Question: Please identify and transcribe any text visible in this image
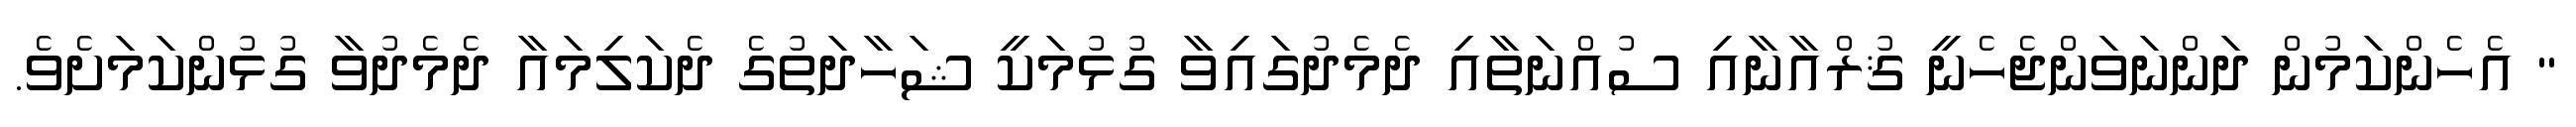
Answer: " އެހެންކަމުން ދަންނަވަންޖެހެނީ ޤުރްއާނާއި ސުއްނަތާއި ދެމެދުގައިވާ ގުޅުމަކީ ޝަހާދަތުގެ ދެކަލިމައާ ދެމެދުވާ ގުޅުންކަމަށެވެ.